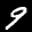
Label: 9